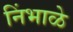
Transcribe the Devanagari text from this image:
निंभाळे